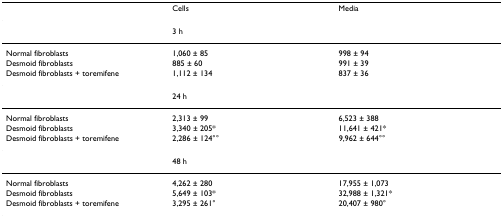
|  | Cells | Media |
 | --- | --- | --- |
 |  | <COLSPAN=2> 3 h |
 | Normal fibroblasts | 1,060 ± 85 | 998 ± 94 |
 | Desmoid fibroblasts | 885 ± 60 | 991 ± 39 |
 | Desmoid fibroblasts + toremifene | 1,112 ± 134 | 837 ± 36 |
 |  | <COLSPAN=2> 24 h |
 | Normal fibroblasts | 2,313 ± 99 | 6,523 ± 388 |
 | Desmoid fibroblasts | 3,340 ± 205* | 11,641 ± 421* |
 | Desmoid fibroblasts + toremifene | 2,286 ± 124°° | 9,962 ± 644°° |
 |  | <COLSPAN=2> 48 h |
 | Normal fibroblasts | 4,262 ± 280 | 17,955 ± 1,073 |
 | Desmoid fibroblasts | 5,649 ± 103* | 32,988 ± 1,321* |
 | Desmoid fibroblasts + toremifene | 3,295 ± 261° | 20,407 ± 980° |